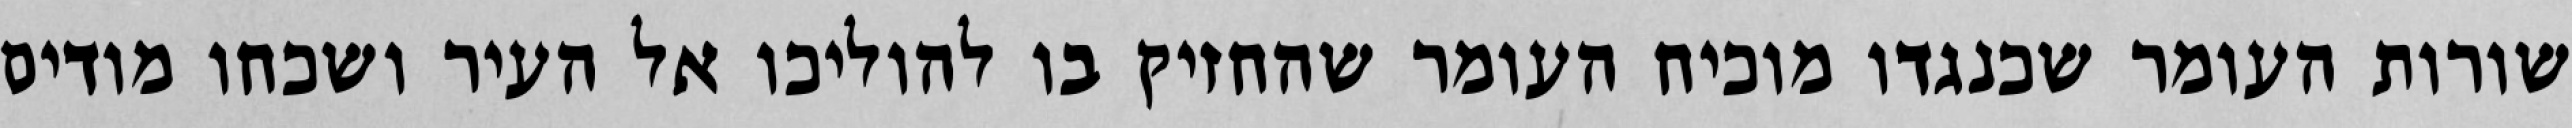
שורות העומר שכנגדו מוכיח העומר שהחזיק בו להוליכו אל העיר ושכחו מודים